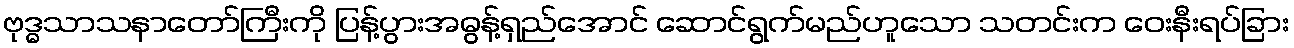
ဗုဒ္ဓသာသနာတော်ကြီးကို ပြန့်ပွားအဓွန့်ရှည်အောင် ဆောင်ရွက်မည်ဟူသော သတင်းက ဝေးနီးရပ်ခြား